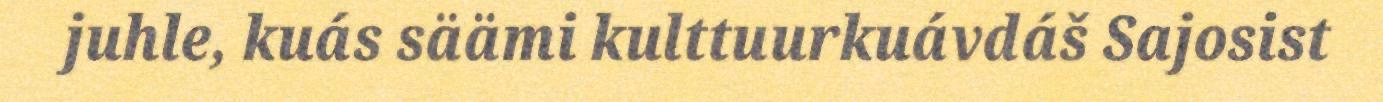
juhle, kuás säämi kulttuurkuávdáš Sajosist